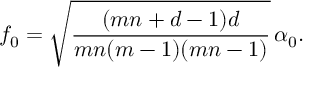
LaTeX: f _ { 0 } = \sqrt { \frac { ( m n + d - 1 ) d } { m n ( m - 1 ) ( m n - 1 ) } } \, \alpha _ { 0 } .